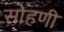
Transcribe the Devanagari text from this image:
सोहणी